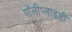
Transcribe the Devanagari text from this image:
पॉलीप्लाइडी